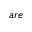
a r e